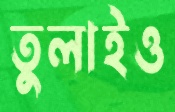
তুলাইও